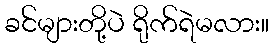
ခင်များတို့ပဲ ရိုက်ရဲမလား။